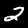
Digit: 2